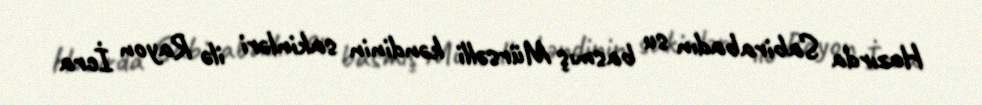
Hazırda Sabirabadın su basmış Mürsəlli kəndinin sakinləri ilə Rayon İcra